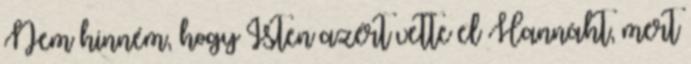
Nem hinném, hogy Isten azért vette el Hannáht, mert